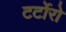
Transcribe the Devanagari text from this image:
टर्टोरो